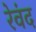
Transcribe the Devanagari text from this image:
रेवंद